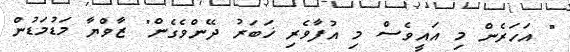
" އަހަރެން މި އައީވެސް މި އުފާވެރި ޚަބަރު ދޭންވެގެން" ޒާވްޔާ މަޑުމަޑުން